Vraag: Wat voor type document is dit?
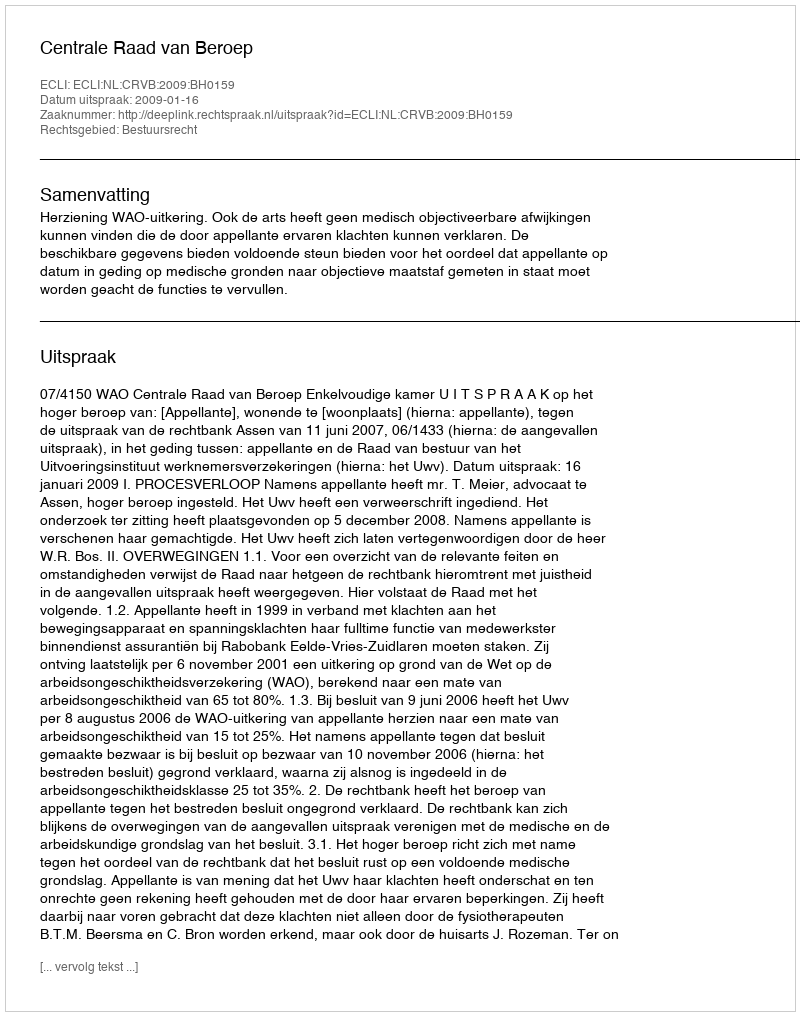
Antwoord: Uitspraak